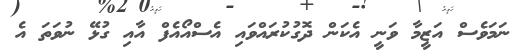
ނަމަވެސް އަޒީމާ ވަނީ އެކަން ދޮގުކުރައްވައި އެސްއޯއެފް އާއި ގުޅޭ ނުވަތަ އެ